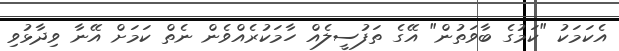
އެކަމަކު "ކަމުގެ ބާވަތުން" އޭގެ ތަފުސީލެއް ހާމަކުރެއްވެން ނެތް ކަމަށް އޭނާ ވިދާޅުވި